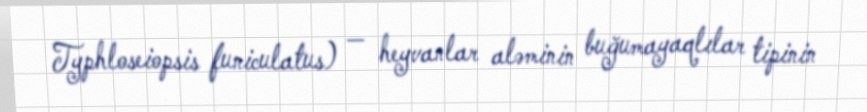
Typhloseiopsis funiculatus) — heyvanlar aləminin buğumayaqlılar tipinin